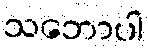
သဘောပါ